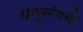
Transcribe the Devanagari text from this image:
अनुस्पंदनी